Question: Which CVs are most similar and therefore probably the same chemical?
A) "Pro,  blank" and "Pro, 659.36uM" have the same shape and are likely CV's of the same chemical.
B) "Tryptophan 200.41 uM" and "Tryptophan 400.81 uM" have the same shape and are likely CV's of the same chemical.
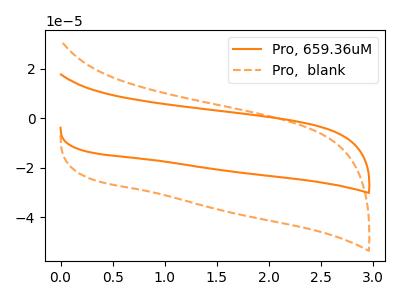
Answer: <think>The orange curve "Pro, 659.36uM" has no peaks. The orange dashed curve "Pro,  blank" has no peaks.
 Neither "Pro, 659.36uM" or "Pro,  blank" have any peaks.</think>
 <answer>A) "Pro,  blank" and "Pro, 659.36uM" have the same shape and are likely CV's of the same chemical.</answer>
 <eval>A</eval>